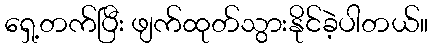
ရှေ့တက်ပြီး ဖျက်ထုတ်သွားနိုင်ခဲ့ပါတယ်။